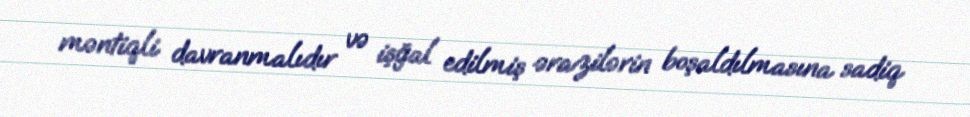
məntiqli davranmalıdır və işğal edilmiş ərazilərin boşaldılmasına sadiq